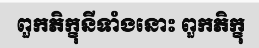
ពួកភិក្ខុនីទាំងនោះ ពួកភិក្ខុ